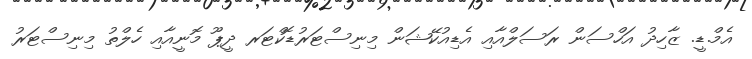
އެމް.ޑީ. ޒާހިދު އަހްސަން ރަސަލްއާއި އެޑިއުކޭޝަން މިނިސްޓަރުޑޮކްޓަރ ދީޕޫ މޮނީއާއި ހެލްތު މިނިސްޓަރު